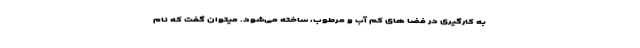
به کارگیری در فضا های کم آب و مرطوب، ساخته می‌شود. میتوان گفت که نام